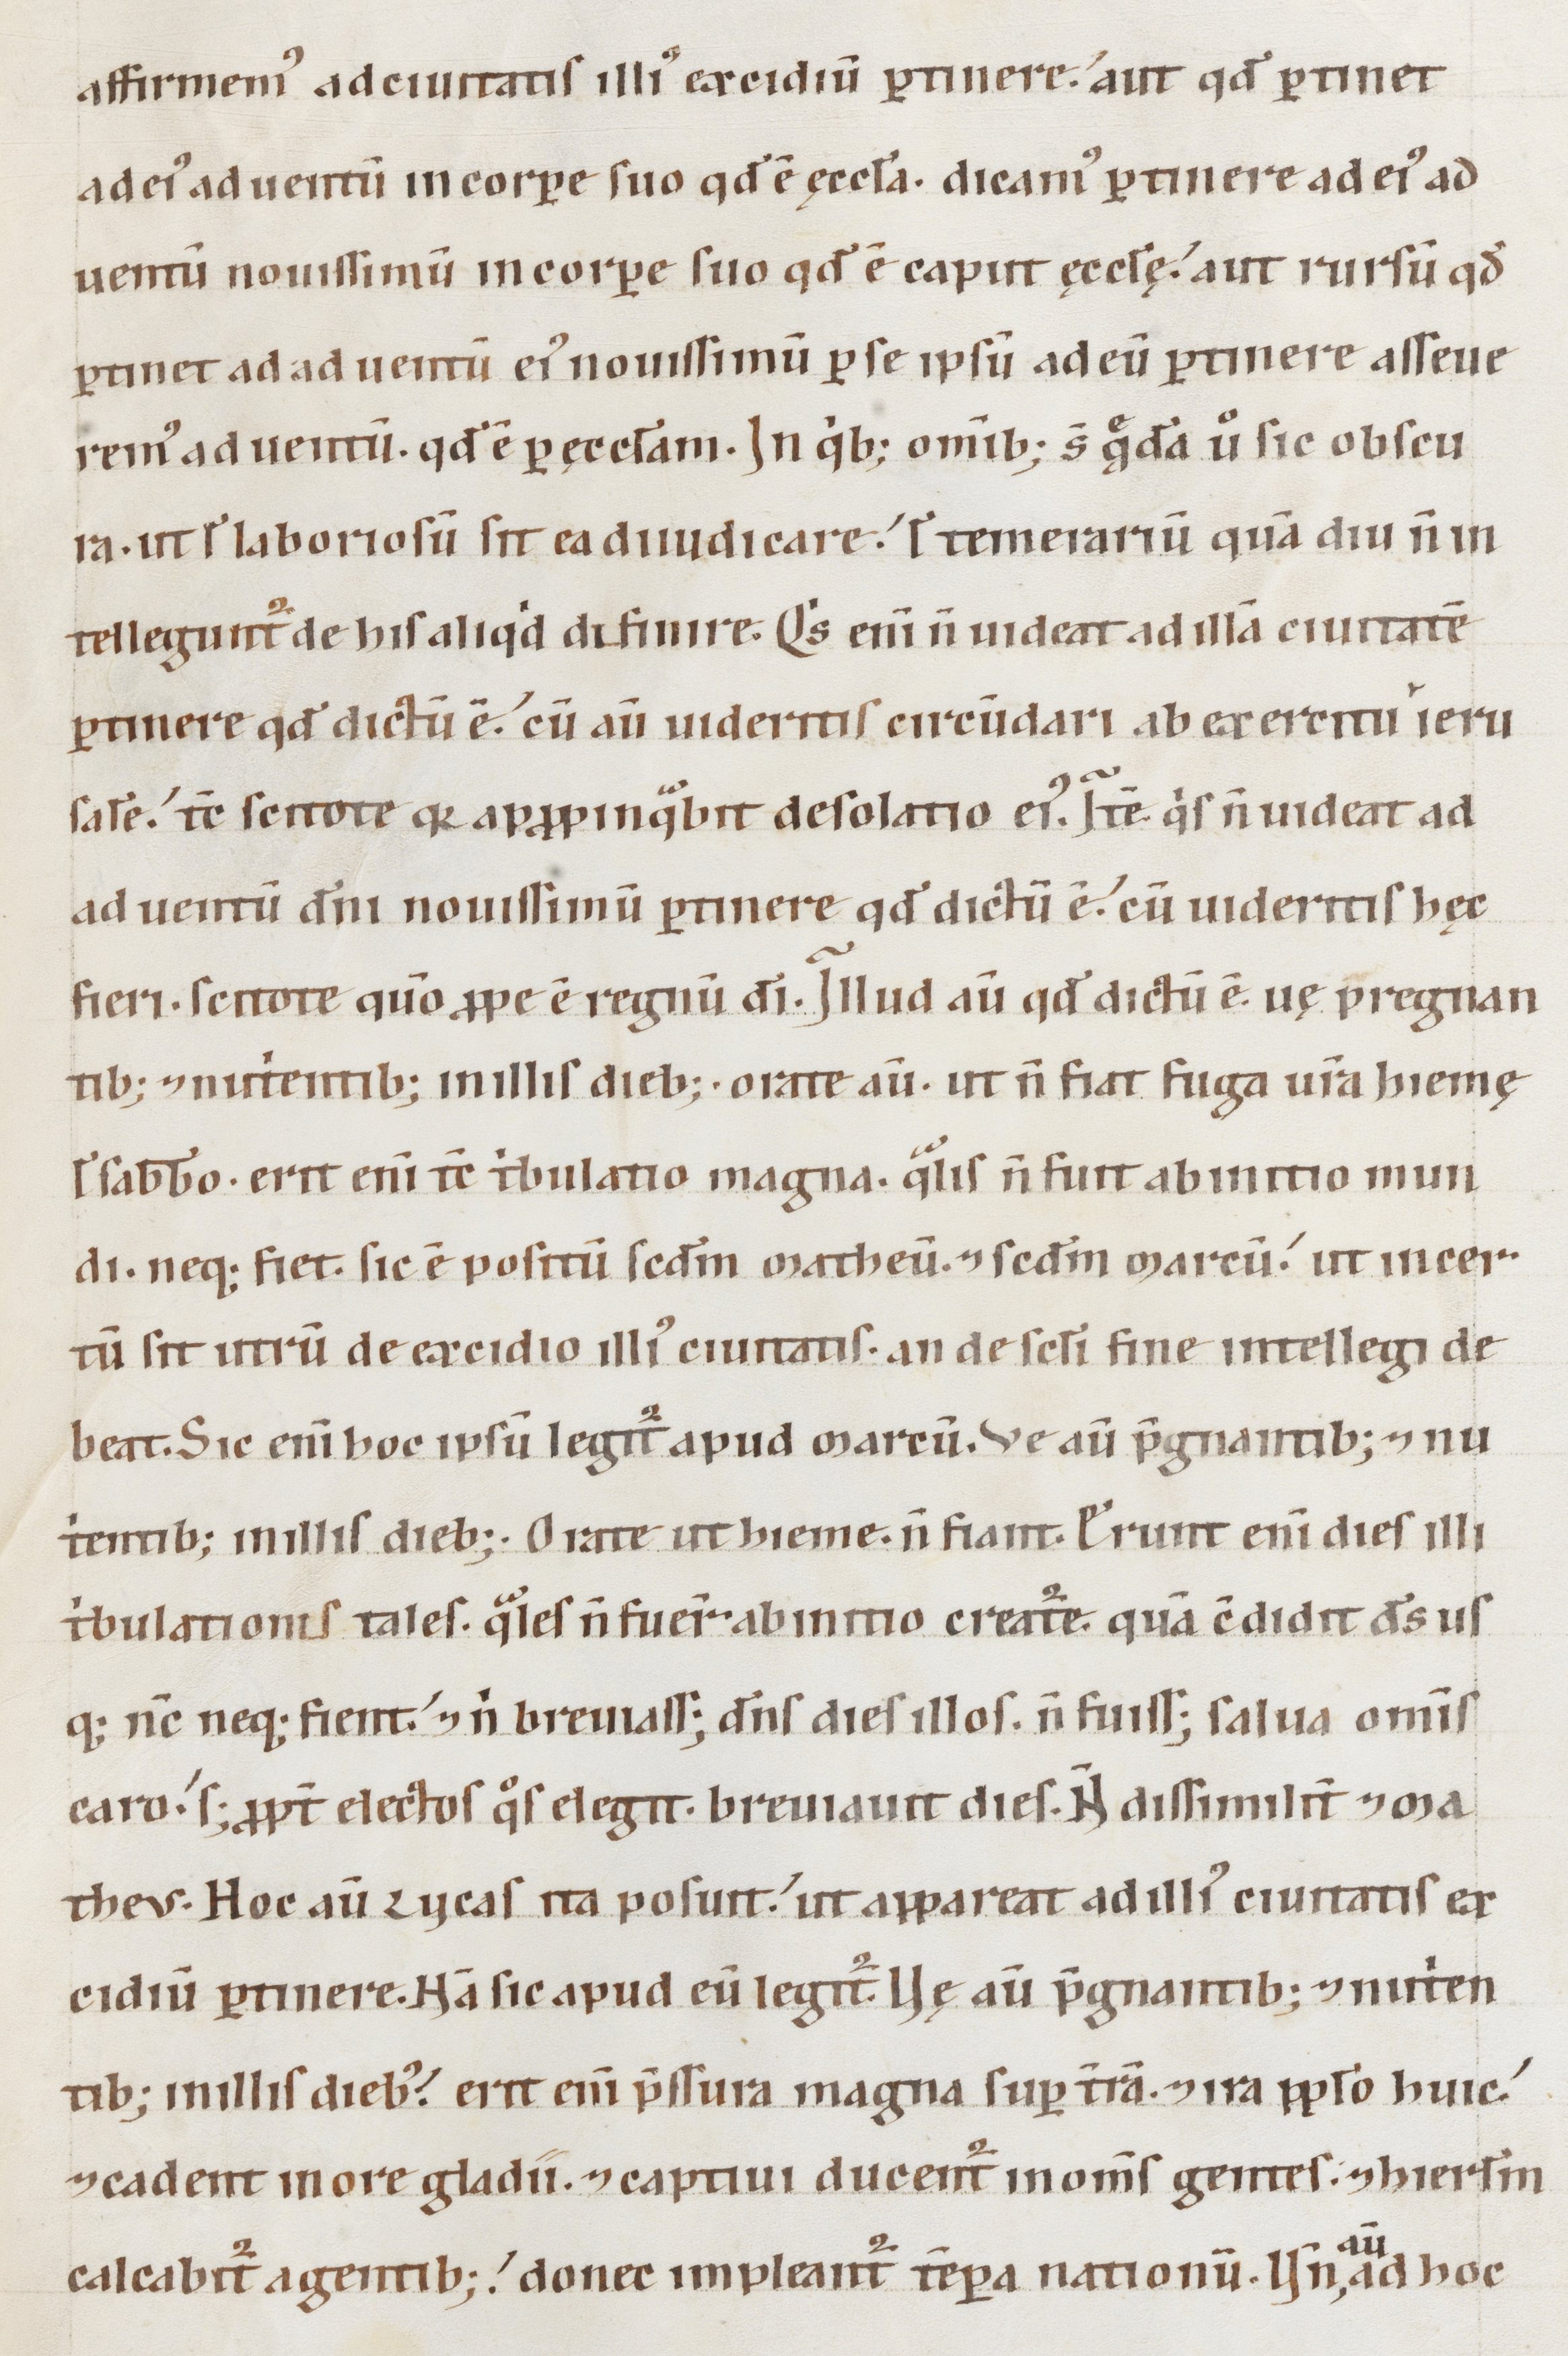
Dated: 1147–1178